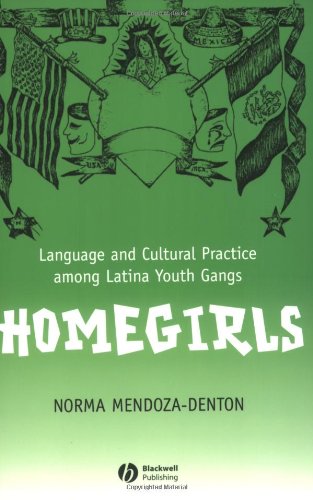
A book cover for Homegirls: Language and Cultural Practice Among Latina Youth Gangs; Norma Mendoza-Denton; Politics & Social Sciences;